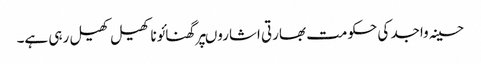
حسینہ واجد کی حکومت بھارتی اشاروںپرگھنائوناکھیل کھیل رہی ہے۔